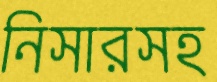
নিসারসহ